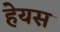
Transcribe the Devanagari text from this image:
हेयस